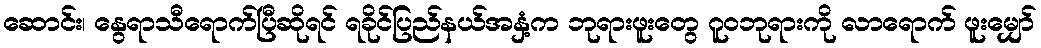
ဆောင်း၊ နွေရာသီရောက်ပြီဆိုရင် ရခိုင်ပြည်နယ်အနှံ့က ဘုရားဖူးတွေ ဂူဝဘုရားကို လာရောက် ဖူးမျှော်